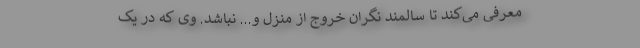
معرفی می‌کند تا سالمند نگران خروج از منزل و... نباشد. وی که در یک